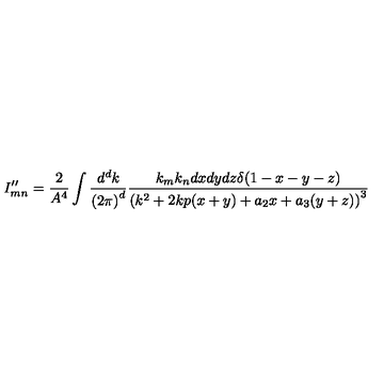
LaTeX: I _ { m n } ^ { \prime \prime } = \frac { 2 } { A ^ { 4 } } \int \frac { d ^ { d } k } { { ( 2 \pi ) } ^ { d } } \frac { k _ { m } k _ { n } d x d y d z \delta ( 1 - x - y - z ) } { { ( k ^ { 2 } + 2 k p ( x + y ) + a _ { 2 } x + a _ { 3 } ( y + z ) ) } ^ { 3 } }